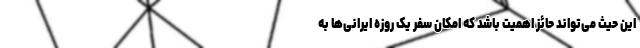
این حیث می‌تواند حائز اهمیت باشد که امکان سفر یک روزه ایرانی‌ها به